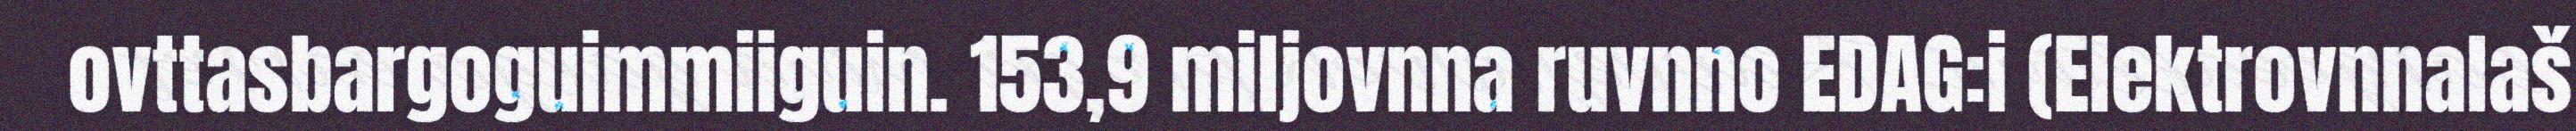
ovttasbargoguimmiiguin. 153,9 miljovnna ruvnno EDAG:i (Elektrovnnalaš